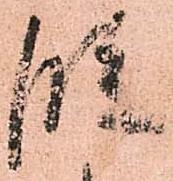
段